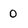
Character: 0